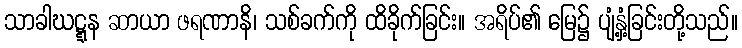
သာခါဃဋ္ဋန ဆာယာ ဖရဏာနိ၊ သစ်ခက်ကို ထိခိုက်ခြင်း။ အရိပ်၏ မြေ၌ ပျံ့နှံ့ခြင်းတို့သည်။